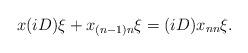
LaTeX: \begin{align*} x(iD)\xi + x_{(n-1)n}\xi = (iD) x_{nn} \xi. \end{align*}